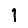
Digit: 1